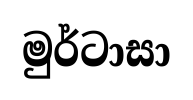
මුර්ටාසා